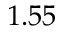
1 . 5 5